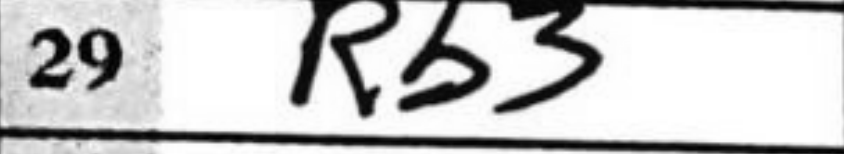
Transcription: Rb3